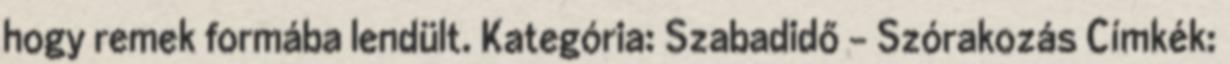
hogy remek formába lendült. Kategória: Szabadidő - Szórakozás Címkék: